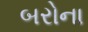
બરોના